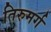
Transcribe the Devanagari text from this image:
तिरुमर्ग